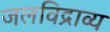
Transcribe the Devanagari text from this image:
जलविद्राव्य